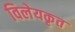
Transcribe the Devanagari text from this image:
विलेयकृत